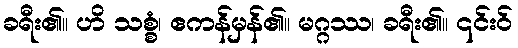
ခရီး၏။ ဟိ သစ္စံ၊ ဧကန်မှန်၏။ မဂ္ဂဿ၊ ခရီး၏။ ၎င်းဝ်